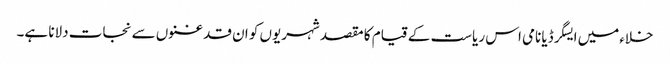
خلاءمیں ایسگرڈیا نامی اس ریاست کے قیام کا مقصد شہریوں کو ان قدغنوں سے نجات دلانا ہے۔